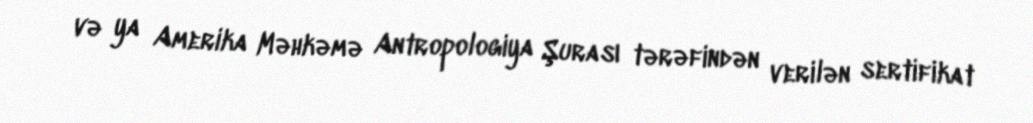
və ya Amerika Məhkəmə Antropologiya Şurası tərəfindən verilən sertifikat